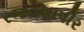
રજનશાપીર